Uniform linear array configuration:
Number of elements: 4
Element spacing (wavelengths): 0.25
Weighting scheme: hamming
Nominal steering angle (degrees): -45
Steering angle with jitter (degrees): -46.316
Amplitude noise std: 0.05
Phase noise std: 0.05

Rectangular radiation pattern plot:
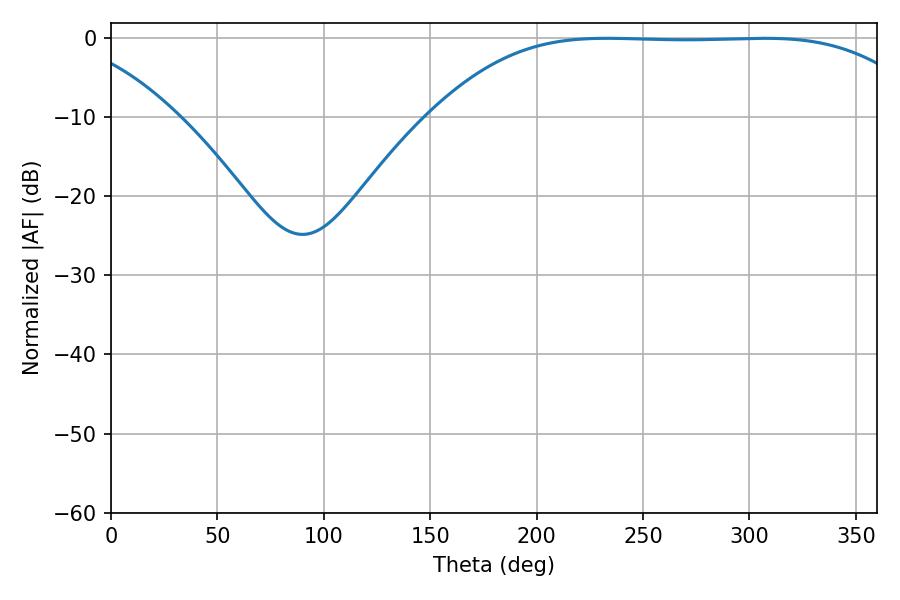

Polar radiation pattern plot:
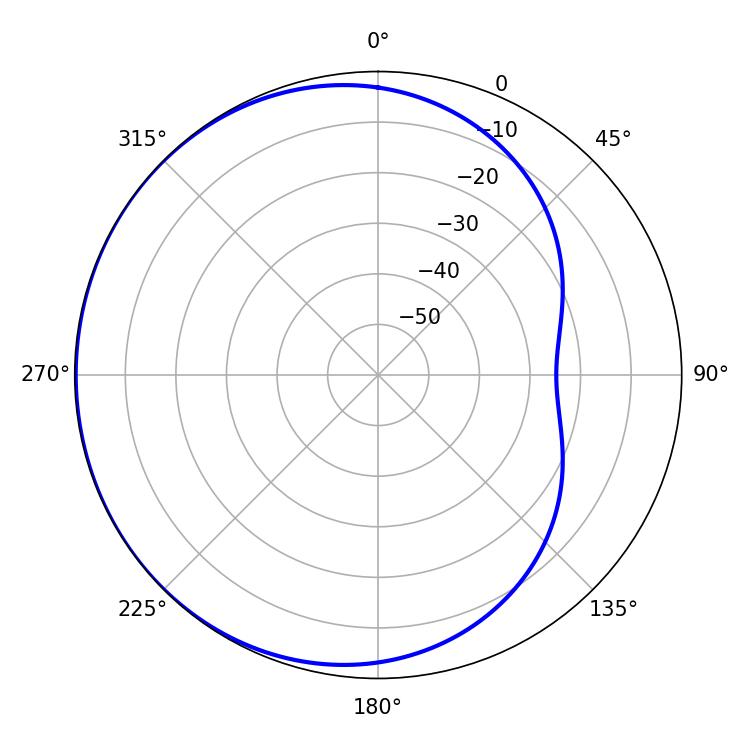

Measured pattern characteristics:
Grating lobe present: FALSE
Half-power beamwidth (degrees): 177.48
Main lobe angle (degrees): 233.1